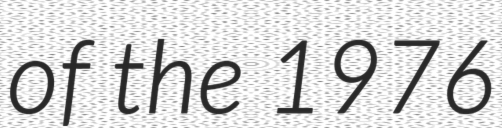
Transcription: of the 1976